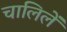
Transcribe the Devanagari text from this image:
चालिलें